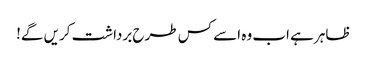
ظاہر ہے اب وہ اسے کس طرح برداشت کریں گے!